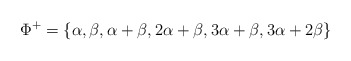
\begin{align*}\Phi^+=\{\alpha, \beta, \alpha+\beta, 2\alpha+\beta, 3\alpha+\beta, 3\alpha+2\beta\}\end{align*}